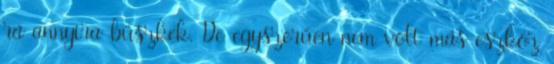
rá annyira büszkék. De egyszerűen nem volt más eszköz